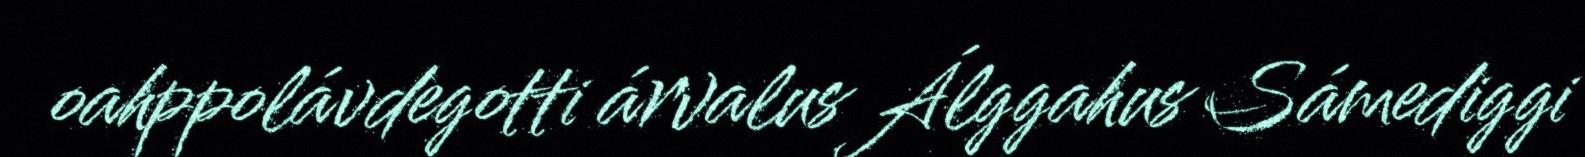
oahppolávdegotti árvalus Álggahus Sámediggi